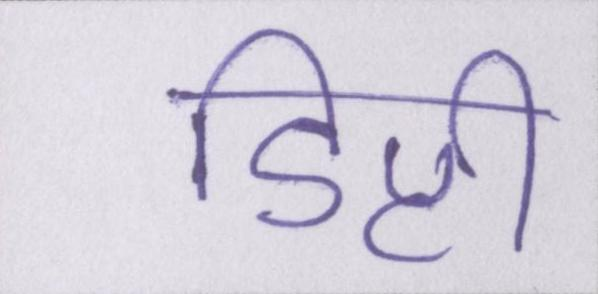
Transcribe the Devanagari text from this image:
डिप्टी